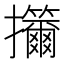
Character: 㩶